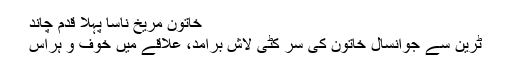
خاتون مریخ ناسا پہلا قدم چاند
ٹرین سے جوانسال خاتون کی سر کٹی لاش برآمد، علاقے میں خوف و ہراس